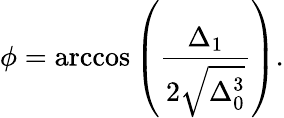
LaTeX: \phi=\operatorname{arccos}\left({\frac{\Delta_{1}}{2{\sqrt{\Delta_{0}^{3}}}}}\right).